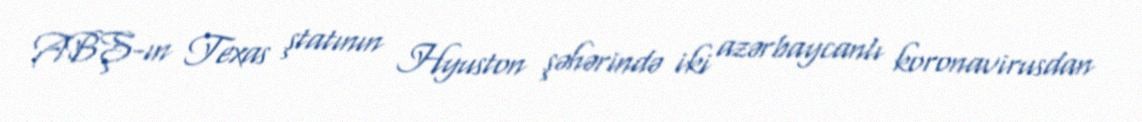
ABŞ-ın Texas ştatının Hyuston şəhərində iki azərbaycanlı koronavirusdan